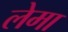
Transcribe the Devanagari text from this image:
लेमा